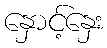
နှောင့်နှေး